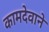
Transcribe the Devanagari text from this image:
कामदेवाने